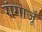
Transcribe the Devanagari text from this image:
गंगाजूँ